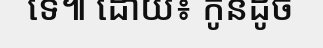
ទេ៕ ដោយ៖ កូនដូច